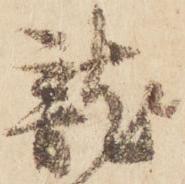
龍